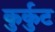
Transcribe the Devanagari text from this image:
कुर्कुट